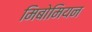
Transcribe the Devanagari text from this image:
मिबोमियन